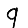
Digit: 9